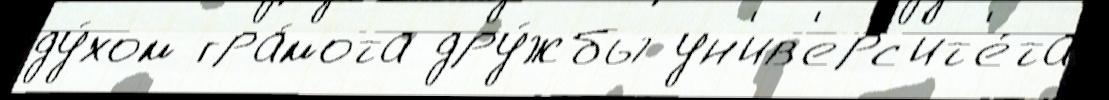
ду́хом гра́мота дру́жбы ун'ив'ерс'ит'е́та